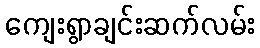
ကျေးရွာချင်းဆက်လမ်း